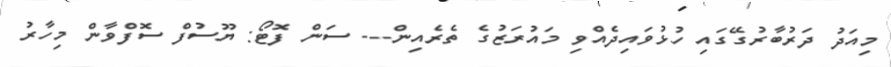
މިއަދު ދަރުބާރުގޭގައި ހުޅުވައިދެއްވި މައުރަޒުގެ ތެރެއިން--- ސަން ފޮޓޯ: ޔޫސުފް ސޮފްވާން މިހާރު